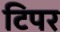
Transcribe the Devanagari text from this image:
टिपर